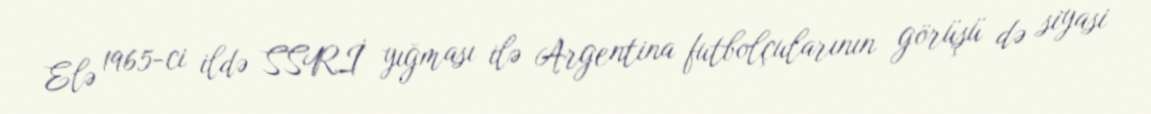
Elə 1965-ci ildə SSRİ yığması ilə Argentina futbolçularının görüşü də siyasi